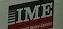
ime